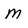
Character: M